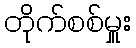
တိုက်စစ်မှူး